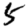
Digit: 5